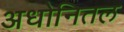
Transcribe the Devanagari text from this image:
अधोनितल